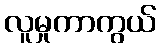
လူမှုကာကွယ်